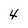
Character: 4